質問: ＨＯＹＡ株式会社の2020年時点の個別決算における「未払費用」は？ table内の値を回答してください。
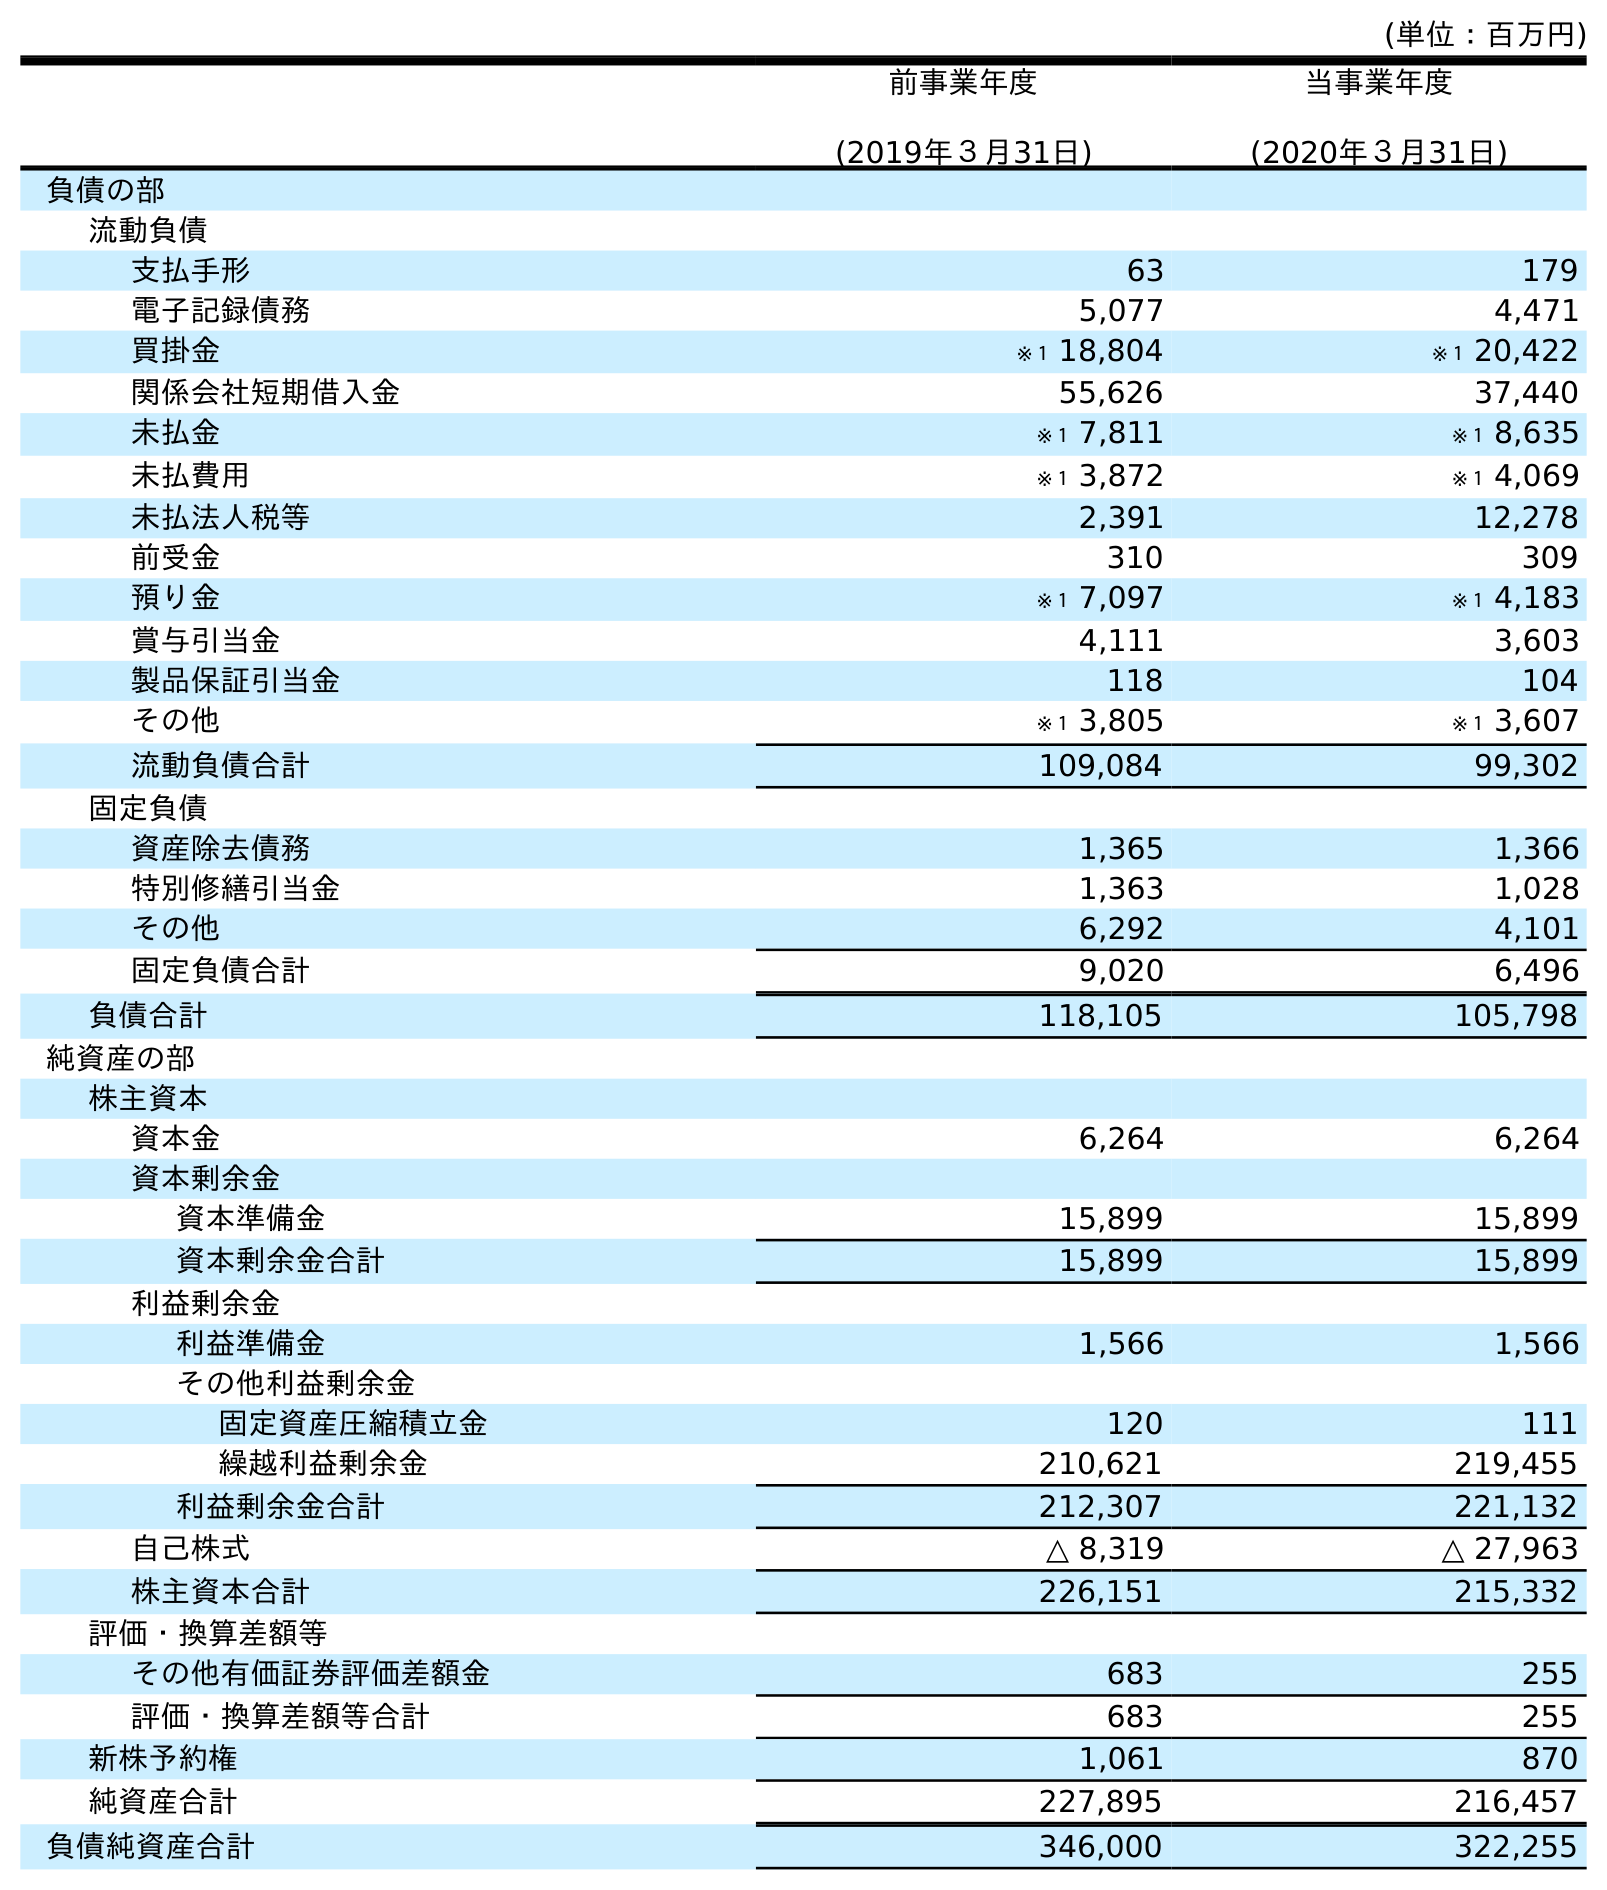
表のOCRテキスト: (単位：百万円) 前事業年度 (2019年３月31日) 当事業年度 (2020年３月31日) 負債の部 流動負債 支払手形 63 179 電子記録債務 5,077 4,471 買掛金 ※１ 18,804 ※１ 20,422 関係会社短期借入金 55,626 37,440 未払金 ※１ 7,811 ※１ 8,635 未払費用 ※１ 3,872 ※１ 4,069 未払法人税等 2,391 12,278 前受金 310 309 預り金 ※１ 7,097 ※１ 4,183 賞与引当金 4,111 3,603 製品保証引当金 118 104 その他 ※１ 3,805 ※１ 3,607 流動負債合計 109,084 99,302 固定負債 資産除去債務 1,365 1,366 特別修繕引当金 1,363 1,028 その他 6,292 4,101 固定負債合計 9,020 6,496 負債合計 118,105 105,798 純資産の部 株主資本 資本金 6,264 6,264 資本剰余金 資本準備金 15,899 15,899 資本剰余金合計 15,899 15,899 利益剰余金 利益準備金 1,566 1,566 その他利益剰余金 固定資産圧縮積立金 120 111 繰越利益剰余金 210,621 219,455 利益剰余金合計 212,307 221,132 自己株式 △ 8,319 △ 27,963 株主資本合計 226,151 215,332 評価・換算差額等 その他有価証券評価差額金 683 255 評価・換算差額等合計 683 255 新株予約権 1,061 870 純資産合計 227,895 216,457 負債純資産合計 346,000 322,255
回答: ※１4,069